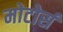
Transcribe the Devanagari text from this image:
मोटोर्स